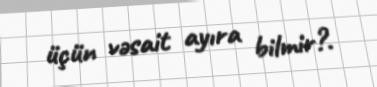
üçün vəsait ayıra bilmir?.